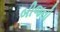
બીજનો